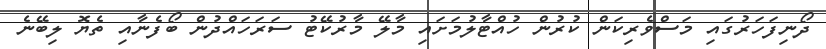
ދޯނިފަހަރުގައި މަސްވެރިކަން ކުރުން ހުއްޓާލުމަށައި މާލޭ މާރުކޭޓު ސަރަހައްދުން ބޯފެނާއި ތެޔޮ ލިބޭނެ